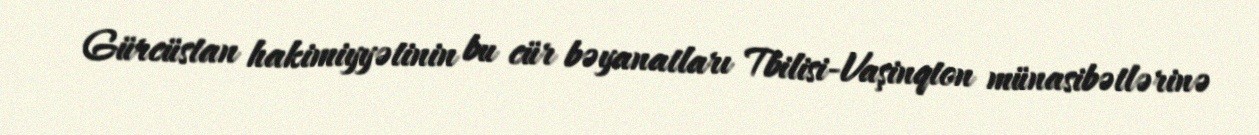
Gürcüstan hakimiyyətinin bu cür bəyanatları Tbilisi-Vaşinqton münasibətlərinə